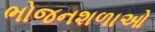
ભોજનશળાઓ